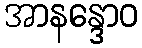
အာနန္ဒောဝ